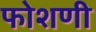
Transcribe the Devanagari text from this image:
फोशणी